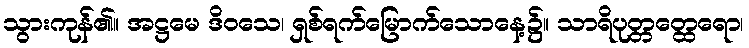
သွားကုန်၏။ အဋ္ဌမေ ဒိဝသေ၊ ရှစ်ရက်မြောက်သောနေ့၌။ သာရိပုတ္တတ္ထေရော၊